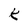
Character: k